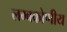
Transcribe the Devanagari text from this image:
लम्बकोणीय